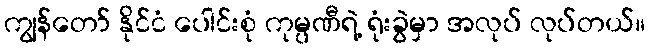
ကျွန်တော် နိုင်ငံ ပေါင်းစုံ ကုမ္ပဏီရဲ့ ရုံးခွဲမှာ အလုပ် လုပ်တယ်။